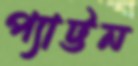
প্যাট্টন